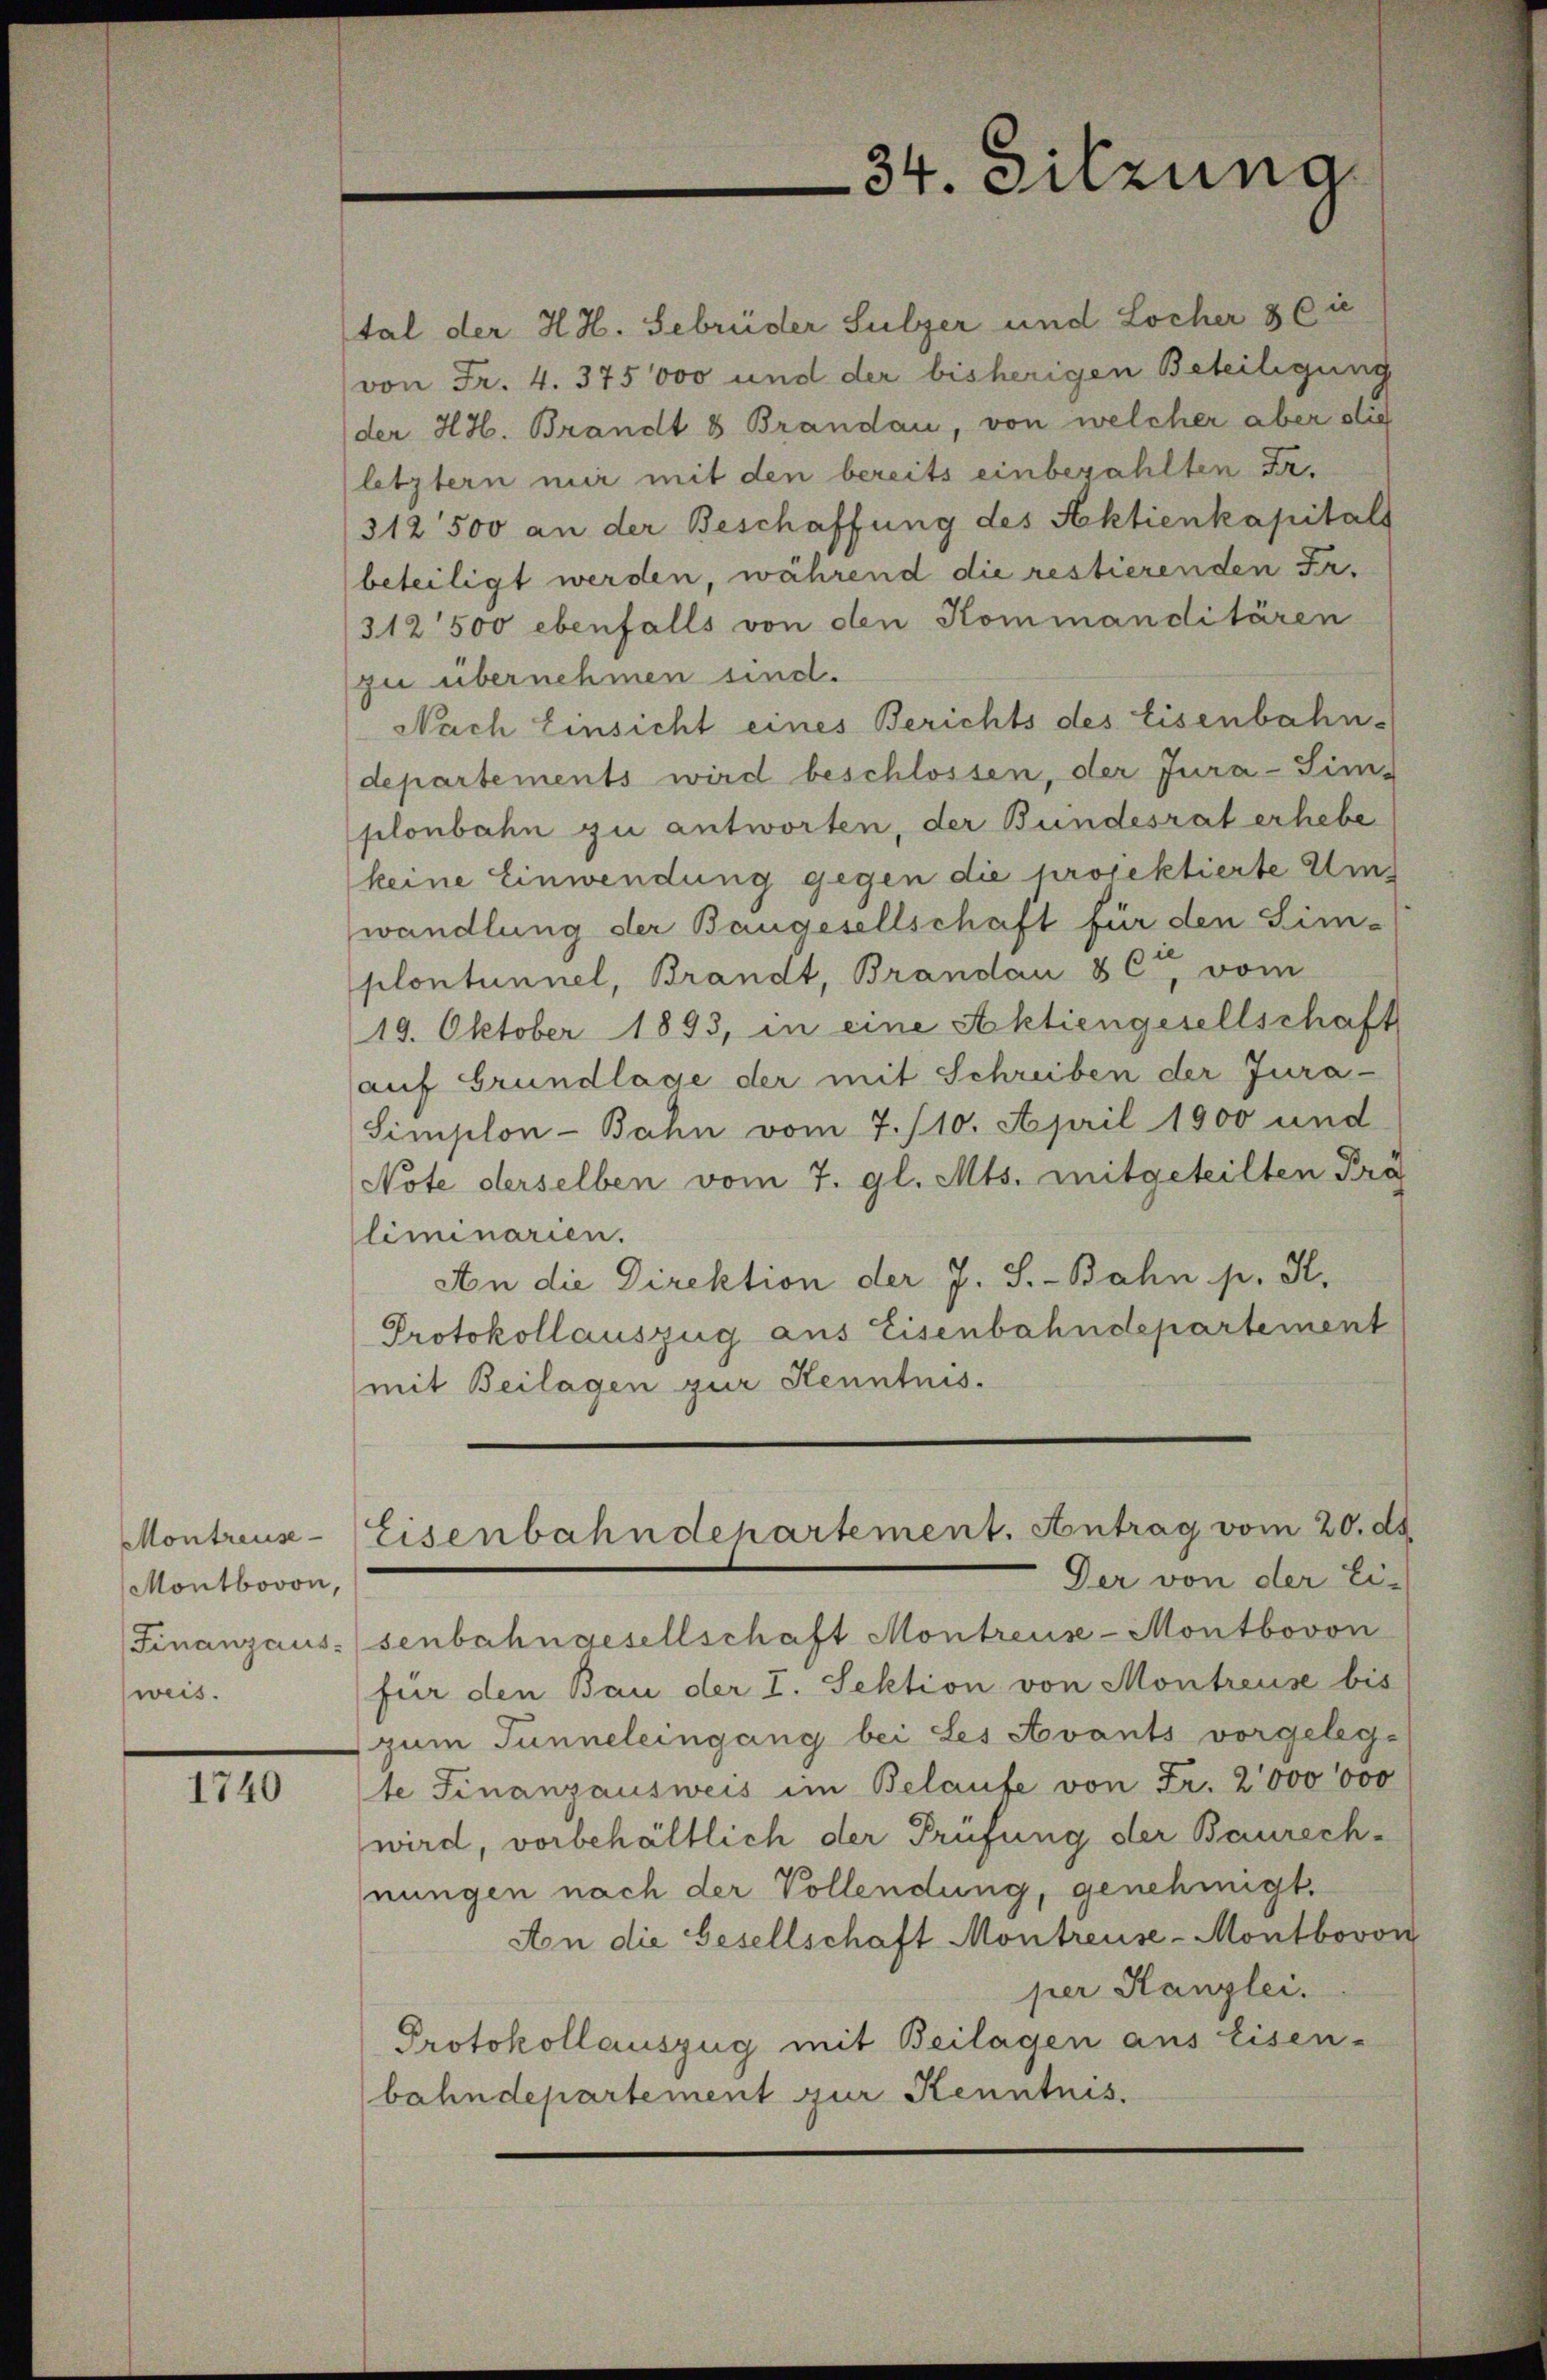
Montreuse
Montbovon,
Finanzaus.
weis.

1740

tal der H. H. Gebrüder Sulzer und Locher & Cie
von Fr. 4. 375,000 und der bisherigen Beteiligung
der HH. Brandt & Brandau, von welcher aber stie
(letztern mir mit den bereits einbezahlten Fr.
312500 an der Beschaffung des Aktienkapitals
beteiligt werden, während die restierenden Fr.
312500 ebenfalls von den Kommanditären
zu übernehmen sind.
Nach Einsicht eines Berichts des Eisenbahn-
departements wird beschlossen, der Jura-Sim-
plonbahn zu antworten, der Bundesrat erhebe
keine Einwendung gegen die projektierte Ums
wandlung der Baugesellschaft für den Sim-
plontunnel, Brandt, Brandau & C., vom
19. Oktober 1893, in eine Aktiengesellschaft
auf Grundlage der mit Schreiben der Jura-
Simplon-Bahn vom 7./10. April 1900 und
Note derselben vom 7. gl. Mts. mitgeteilten Prä
liminarien.
An die Direktion der J. S.-Bahn p. K.
Protokollauszug aus Eisenbahndepartement
mit Beilagen zur Kenntnis.
Eisenbahndepartement. Antrag vom 20. d.
Der von der Ei-
senbahngesellschaft Montreuse-Montbovon
für den Bau der I. Sektion von Montreuse bis
zum Tunneleingang bei Les Avants vorgeleg-
te Finanzausweis im Belaufe von Fr. 2000000
wird, vorbehältlich der Prüfung der Baurech-
nungen nach der Vollendung, genehmigt.
Aon die Gesellschaft Montreuse-Montbovon
per Kanzlei.
Protokollauszug mit Beilagen aus Eisen-
bahndepartement zur Kenntnis.

34. Sitzung